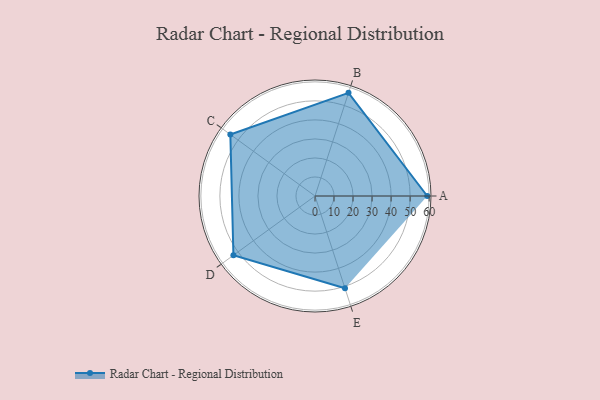
{"axis": {"x": "Skill", "y": "Score"}, "legend": ["Profile"], "data": [{"x": "A", "y": 59.0, "type": "Profile"}, {"x": "B", "y": 57.0, "type": "Profile"}, {"x": "C", "y": 55.0, "type": "Profile"}, {"x": "D", "y": 53.0, "type": "Profile"}, {"x": "E", "y": 51.0, "type": "Profile"}]}